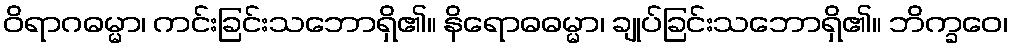
ဝိရာဂဓမ္မာ၊ ကင်းခြင်းသဘောရှိ၏။ နိရောဓဓမ္မာ၊ ချုပ်ခြင်းသဘောရှိ၏။ ဘိက္ခဝေ၊